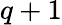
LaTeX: q+1